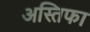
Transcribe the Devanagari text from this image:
अस्तिफा